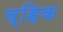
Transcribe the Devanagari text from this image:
व्हिक